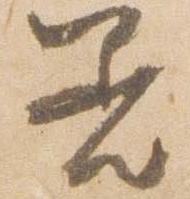
着